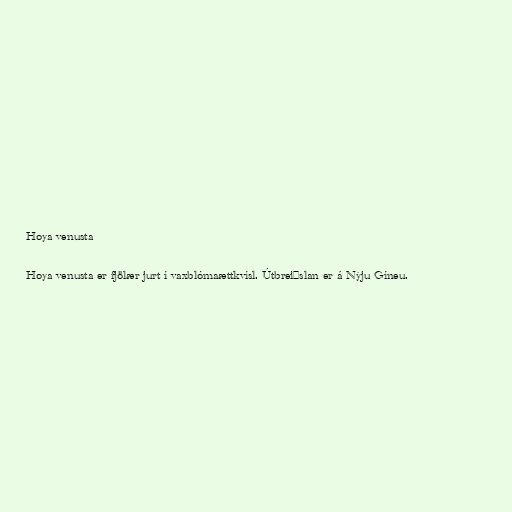
Hoya venusta

Hoya venusta er fjölær jurt í vaxblómaættkvísl. Útbreiðslan er á Nýju Gíneu.